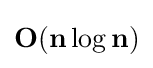
\mathbf {O} (\mathbf {n} \log {\mathbf {n} })